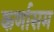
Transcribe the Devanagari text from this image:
कर्णासम